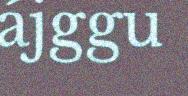
ájggu